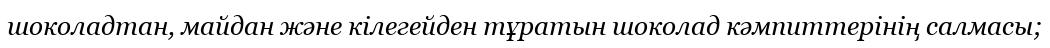
шоколадтан, майдан және кілегейден тұратын шоколад кәмпиттерінің салмасы;